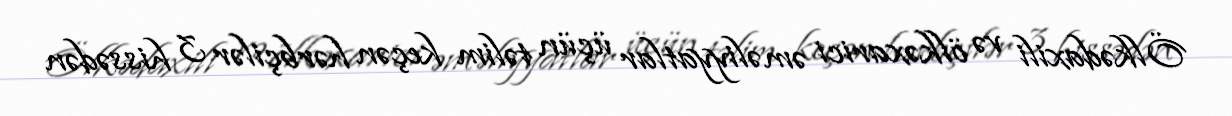
Ölkədaxili və ölkəxarici əməliyyatlar üçün təlim keçən hərbçilər 3 hissədən